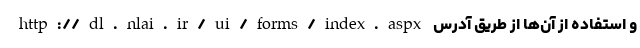
و استفاده از آن‌ها از طریق آدرس http://dl.nlai.ir/ui/forms/index.aspx